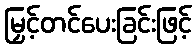
မြှင့်တင်ပေးခြင်းဖြင့်